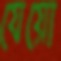
যেয়ো